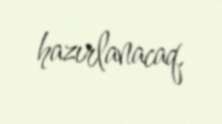
hazırlanacaq.